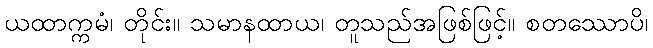
ယထာက္ကမံ၊ တိုင်း။ သမာနထာယ၊ တူသည်အဖြစ်ဖြင့်။ စတဿောပိ၊